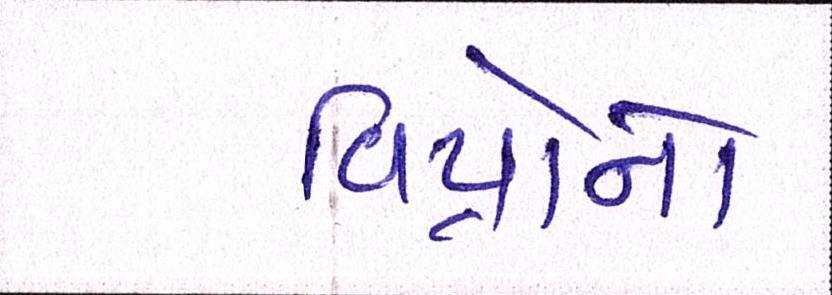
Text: વિપ્રોનો